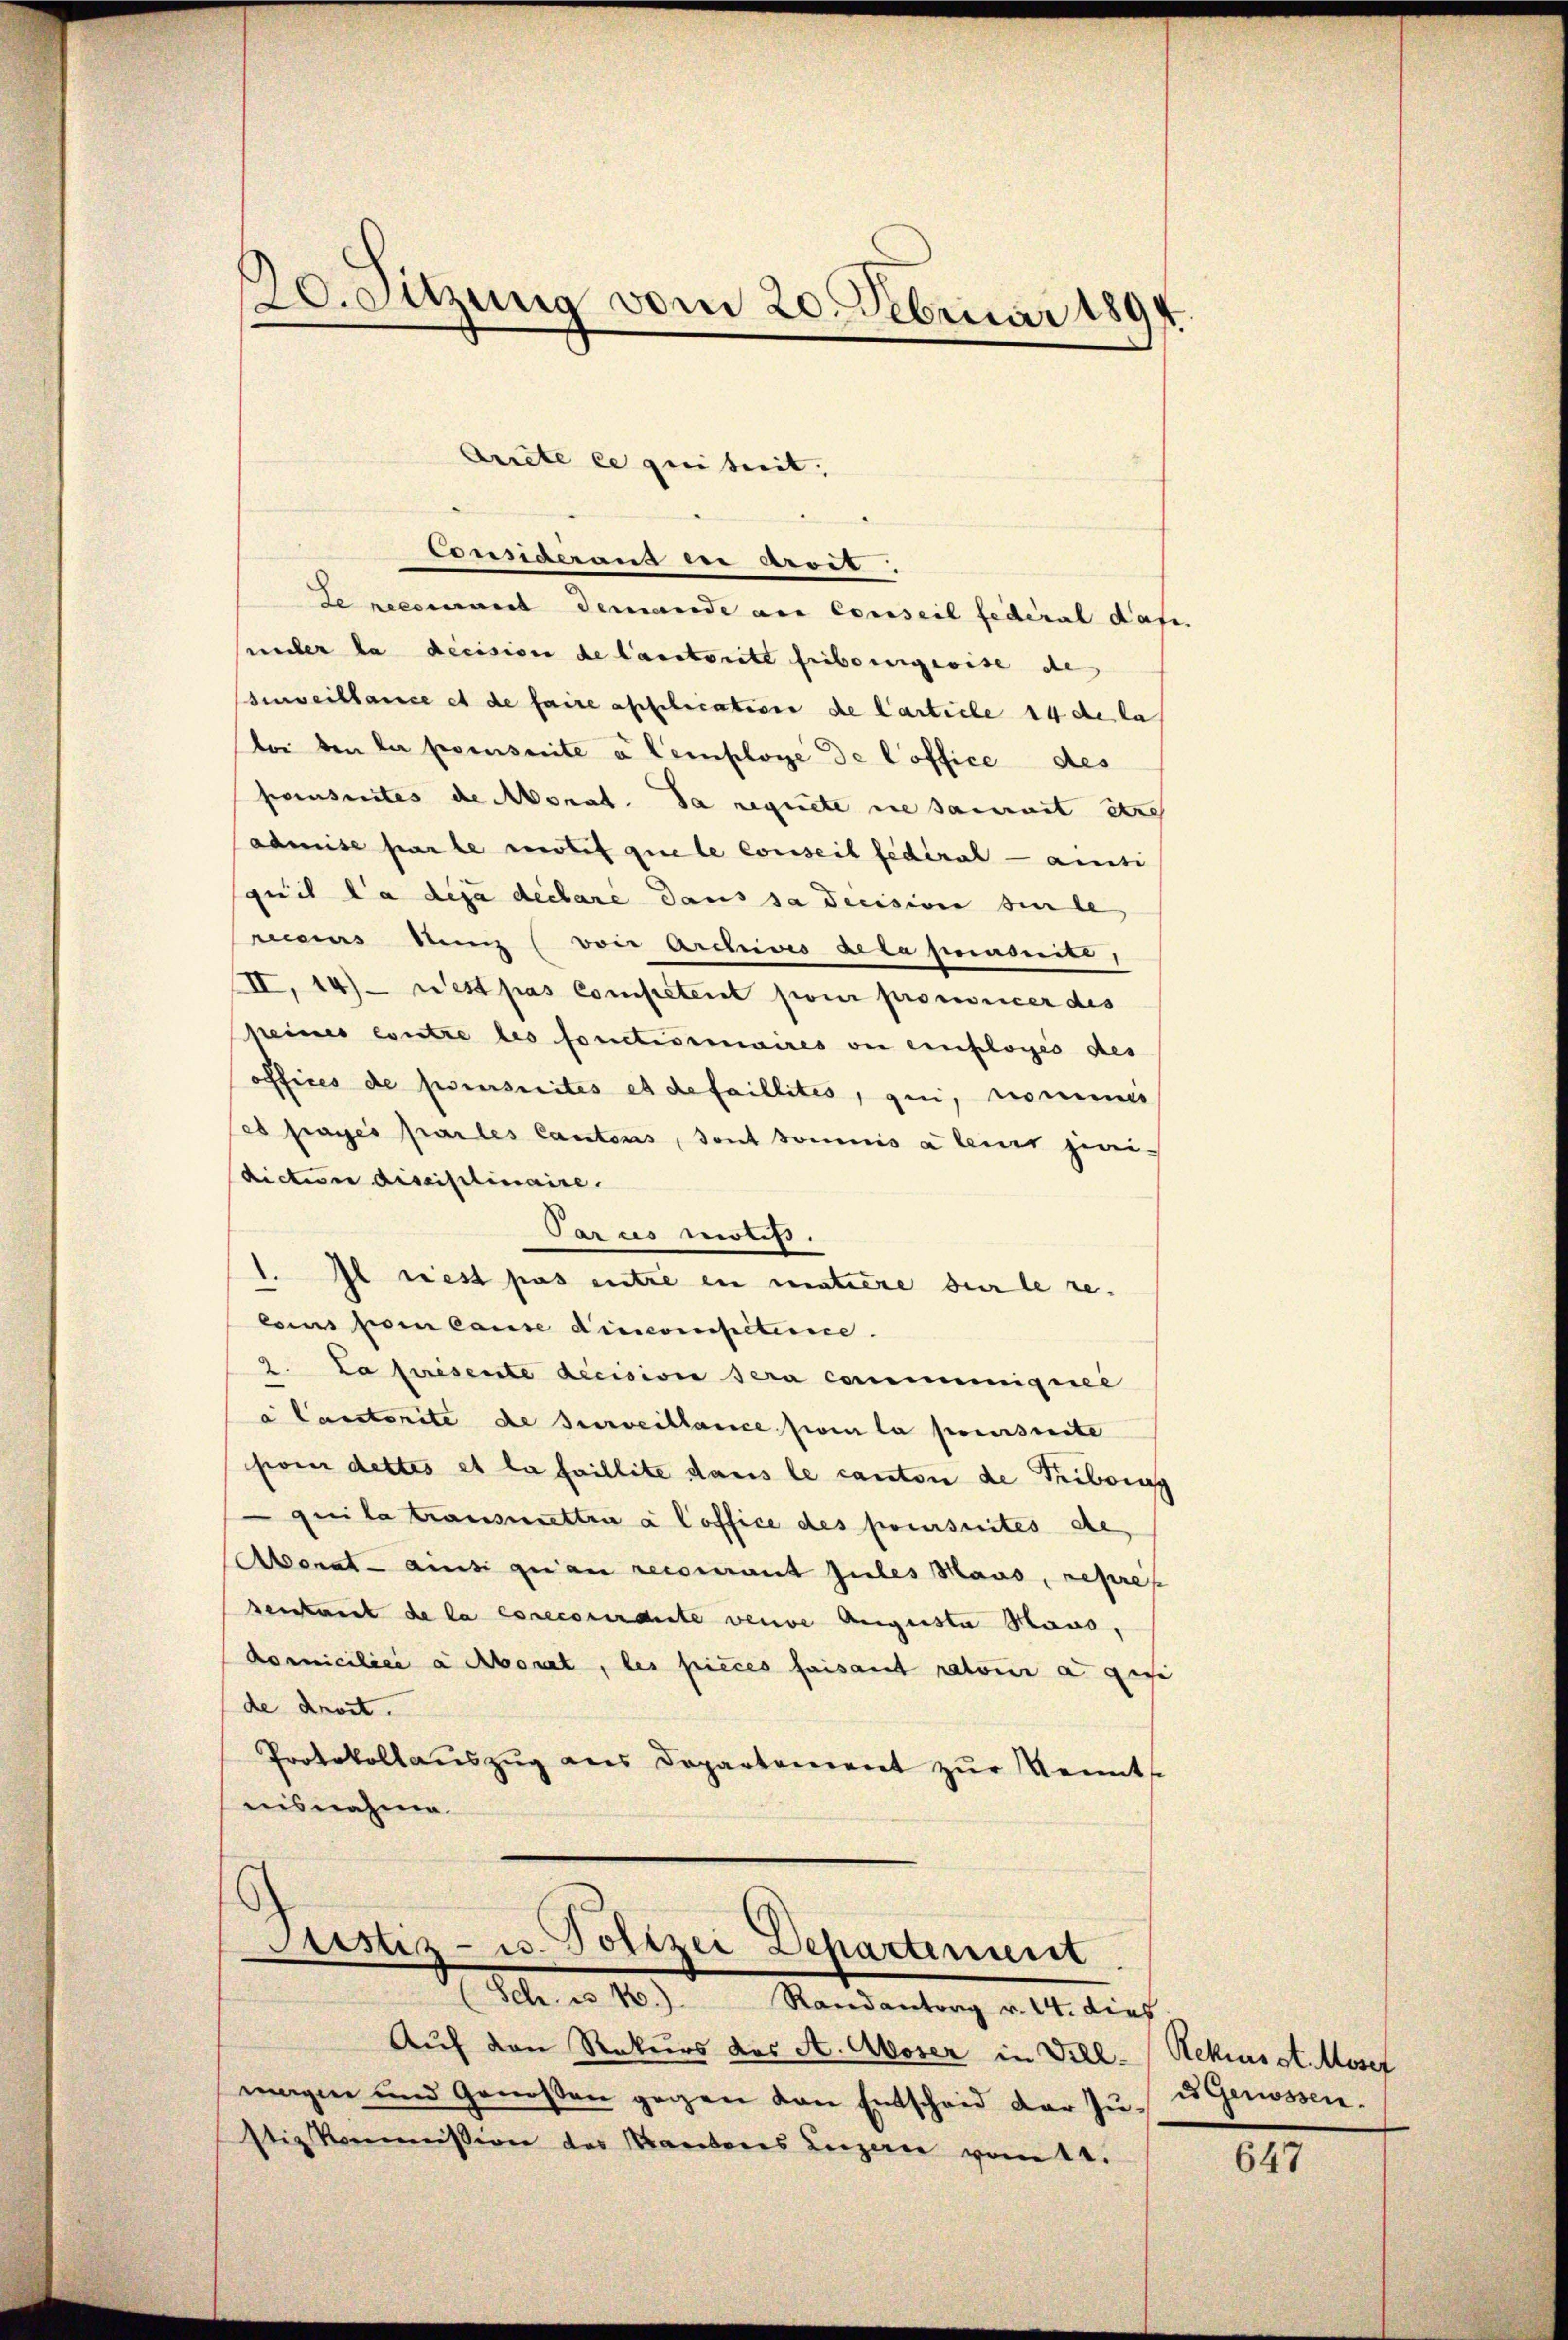
Consideraus in Arcit.
Le recennert demande au Conseil fédéral daf
macher da decision de lautorite Fribourgeoise de
urveillance et de faire application de Carticle 14 de la
bei den la prescrite a Cemploye de l’office des
penseites de Monat. da requete die damit er
admise par le motif que le conseil fédéral - ansi
squit la disa declare dans sa diession sinde
rceius den (von Archives de la suasnité,
II, 14)- rest pas Competent pour prononcer des
seines contre les fonctisimaires von einfloges des
offices de poursuites et de faillités, qui, nominis
es frages partes Cantons, sont soumis à leur zweidiction disciplinaire.
Parus Moliss.
1. Il riest pas entre in matière sur le re-
lois vom lause dincompeterie.
2. La présente decision sera comminigere
a Castorite de surveillance foi la poursuite
pom dettes et la faillite dans le canton de Triboing
 qui la transmettra à loffice des poursuites de
Aborat ainsi quan recourant Jules Haus, repres
sentant de la crecorirdite vende Auguste Haus,
domiciliée a Abont, les pieces faisant ratoira gese
de droit.
Protokollaŭszŭg ans Departement zŭr Kenntse
nisnahme

20.Suzung vom 20. Februar 1894.

Ariete ce quitreit,

Astiz- u. Polizei Departement
Sch. u 1.) Randantrag v. 14. dies

Auf den Rekurs des A. Aboser in Viel- (Rekursst. Mosef
magen und Genoßen gegen von Entscheid der zu ses Genossen.
stizkommission des Kantons Luzern vom 11.

647